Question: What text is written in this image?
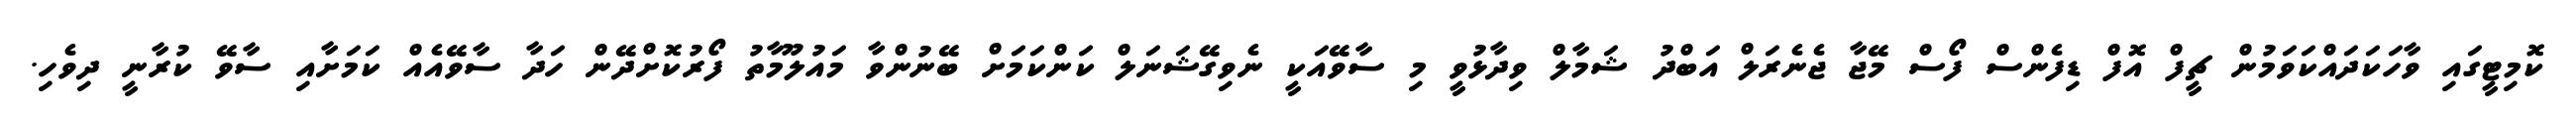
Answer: ކޮމިޓީގައި ވާހަކަދައްކަވަމުން ޗީފް އޮފް ޑިފެންސް ފޯސް މޭޖާ ޖެނެރަލް އަބްދު ޝަމާލް ވިދާޅުވީ މި ސާވޭއަކީ ނެވިގޭޝަނަލް ކަންކަމަށް ބޭނުންވާ މައުލޫމާތު ފޯރުކޮށްދޭން ހަދާ ސާވޭއެއް ކަމަށާއި ސާވޭ ކުރާނީ ދިވެހި.